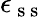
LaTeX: \epsilon_{\mathrm{~s~s~}}